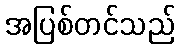
အပြစ်တင်သည်